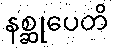
နစ္ဆုပေတိ